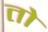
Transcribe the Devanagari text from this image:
तोे